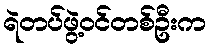
ရဲတပ်ဖွဲ့ဝင်တစ်ဦးက